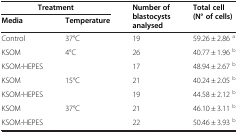
<table><thead><tr><td><b>Treatment</b></td><td><b> </b></td><td rowspan="2"><b>Number of blastocysts analysed</b></td><td rowspan="2"><b>Total cell (N° of cells)</b></td></tr><tr><td><b>Media</b></td><td><b>Temperature</b></td></tr></thead><tbody><tr><td>Control</td><td>37°C</td><td>19</td><td>59.26 ± 2.86 <sup>a</sup></td></tr><tr><td>KSOM</td><td rowspan="2">4°C</td><td>26</td><td>40.77 ± 1.96 <sup>b</sup></td></tr><tr><td>KSOM-HEPES</td><td>17</td><td>48.94 ± 2.67 <sup>b</sup></td></tr><tr><td>KSOM</td><td rowspan="2">15°C</td><td>21</td><td>40.24 ± 2.05 <sup>b</sup></td></tr><tr><td>KSOM-HEPES</td><td>19</td><td>44.58 ± 2.12 <sup>b</sup></td></tr><tr><td>KSOM</td><td rowspan="2">37°C</td><td>21</td><td>46.10 ± 3.11 <sup>b</sup></td></tr><tr><td>KSOM-HEPES</td><td>22</td><td>50.46 ± 3.93 <sup>b</sup></td></tr></tbody></table>